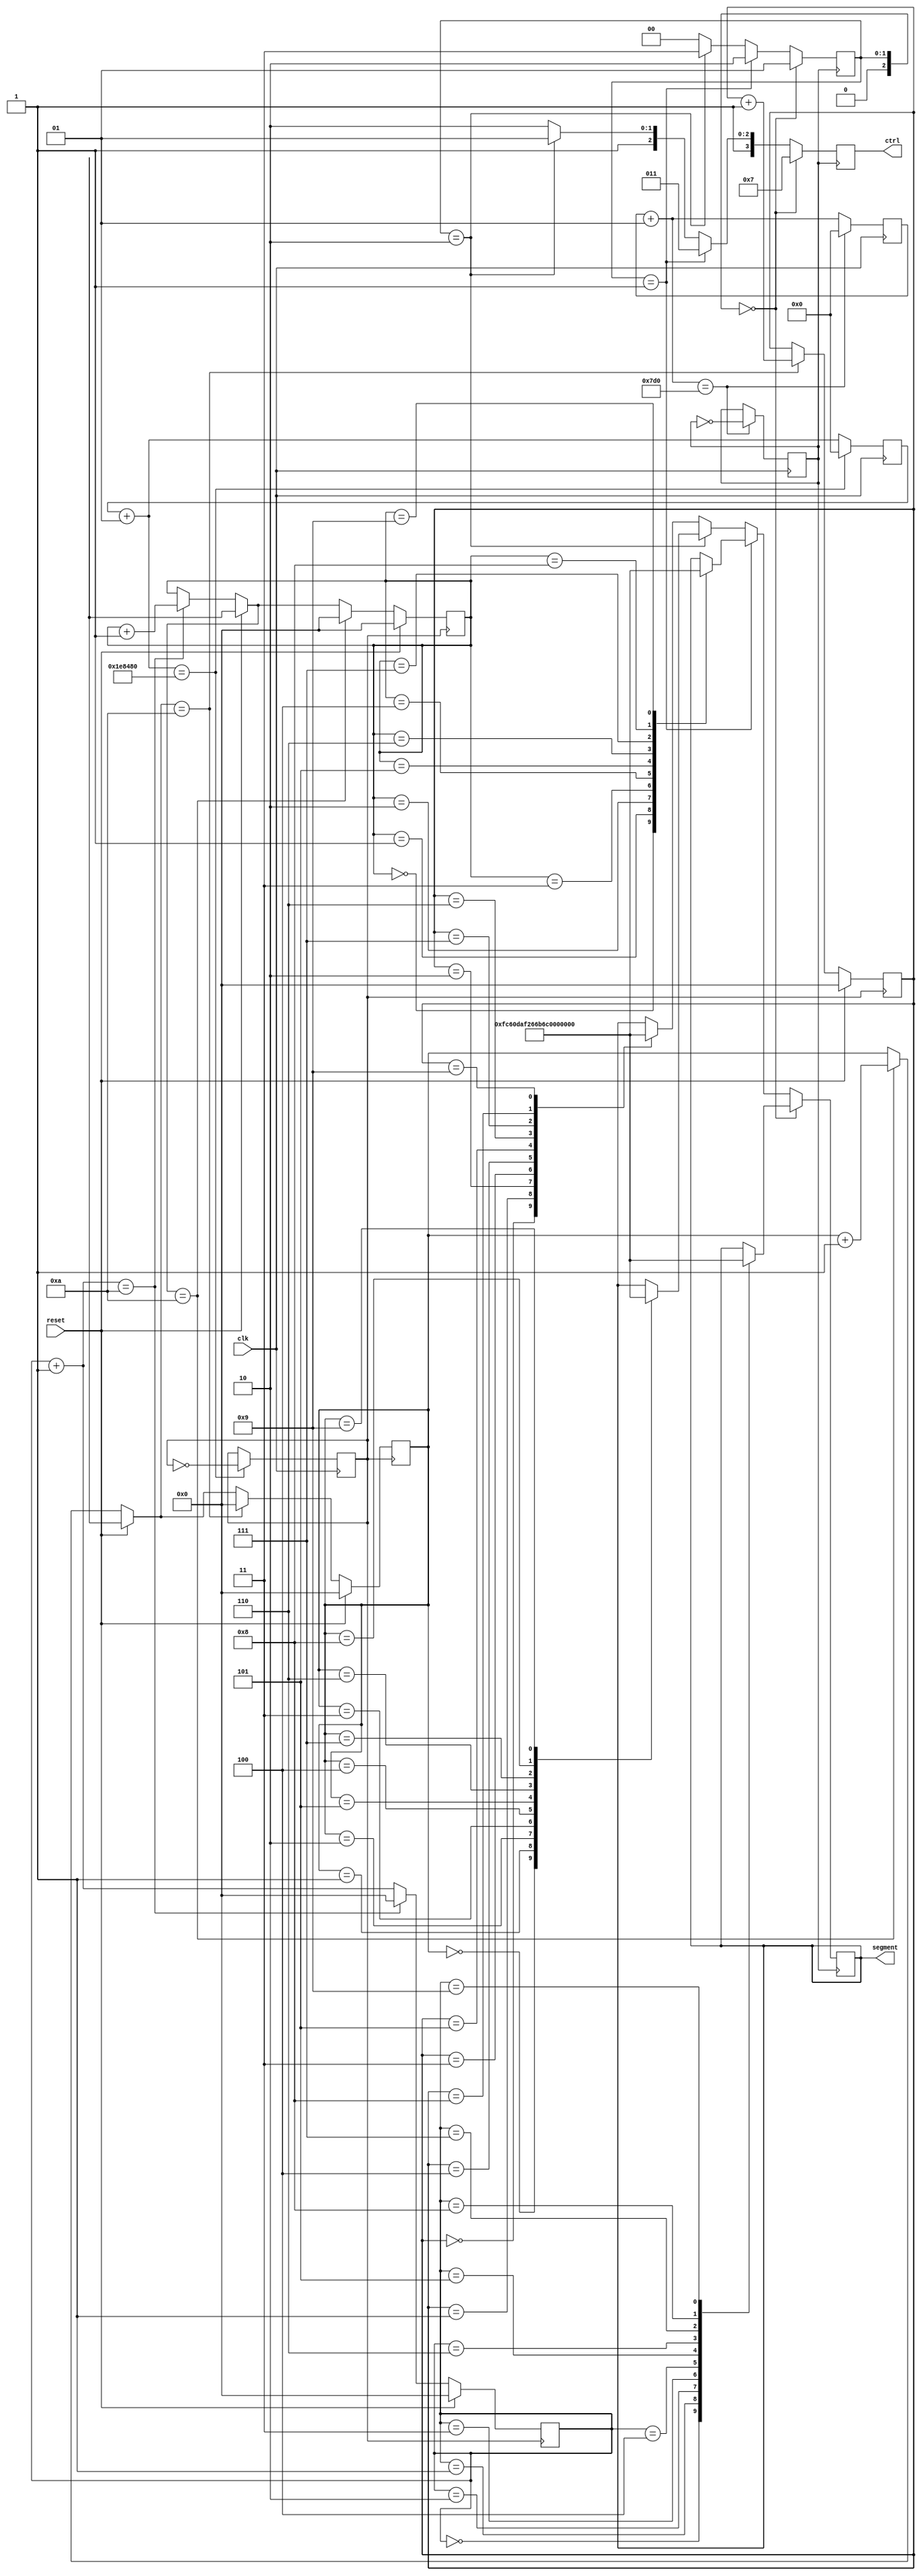
module Counter_0_9999 (clk,reset,ctrl,segment);
input clk, reset;
output reg [3:0] ctrl;
output reg [7:0] segment;

reg [2:0] flag; //for 7 Segment Display
reg [3:0] first;    //digits (units)
reg [3:0] second;   //(tens)
reg [3:0] third;    //(hundreds)
reg [3:0] fourth;   //(thousands)

reg clkdiv,clkdiv2;
integer i,j;

initial begin
	i = 0;
	j = 0;
	first = 4'b0000;
	second = 4'b0000;
	third = 4'b0000;
	fourth = 4'b000;
	clkdiv = 1'b0;
	clkdiv2 = 1'b0;
	flag = 1'b0;
end


always @(posedge clk) begin
		i = i+1; j = j+1;
		if (i == 2000000) begin
			clkdiv = ~clkdiv;
			i = 0;
		end
		if (j == 2000) begin
			clkdiv2 = ~clkdiv2;
			j = 0;
		end
end

always @(posedge clkdiv) begin  //1Hz clock (increased frequency)
	if (reset == 1'b1) begin
		first = 4'b0000;
		second = 4'b0000;
		third = 4'b000;
		fourth = 4'b000;
	end
	else begin
		first = first+1;
		if (first == 4'd10) begin
			first = 4'd0;
			second = second+1; 
		end
		if (second == 4'd10) begin
			second = 4'd0;
			third = third+1;
		end
		if (third == 4'd10) begin
			third = 4'd0;
			fourth = fourth+1;
		end
	end
end

always@(posedge clkdiv2) begin
	if (flag == 2'b00) begin
		ctrl = 4'b0111;             //controls which of the four 7-segments display
		case (first)
			4'd0:segment=8'b11111100;
			4'd1:segment=8'b01100000;
			4'd2:segment=8'b11011010;  
			4'd3:segment=8'b11110010; 
			4'd4:segment=8'b01100110; 
			4'd5:segment=8'b10110110; 
			4'd6:segment=8'b10111110; 
			4'd7:segment=8'b11100000; 
			4'd8:segment=8'b11111110; 
			4'd9:segment=8'b11110110;  
		endcase
		flag = 2'b01;
end

else if (flag == 2'b01) begin
		ctrl = 4'b1011;
		case (second)
			4'd0:segment=8'b11111100;
			4'd1:segment=8'b01100000; 
			4'd2:segment=8'b11011010;  
			4'd3:segment=8'b11110010; 
			4'd4:segment=8'b01100110; 
			4'd5:segment=8'b10110110; 
			4'd6:segment=8'b10111110; 
			4'd7:segment=8'b11100000; 
			4'd8:segment=8'b11111110; 
			4'd9:segment=8'b11110110;         
		endcase
		flag = 2'b10;
	end
	
	else if (flag == 2'b10) begin
		ctrl = 4'b1101;
		case (third)
			4'd0:segment=8'b11111100;
			4'd1:segment=8'b01100000; 
			4'd2:segment=8'b11011010;  
			4'd3:segment=8'b11110010; 
			4'd4:segment=8'b01100110; 
			4'd5:segment=8'b10110110; 
			4'd6:segment=8'b10111110; 
			4'd7:segment=8'b11100000; 
			4'd8:segment=8'b11111110; 
			4'd9:segment=8'b11110110;         
		endcase
		flag = 2'b11;
	end
	
	else begin
		ctrl = 4'b1110;
		case (fourth)
			4'd0:segment=8'b11111100;
			4'd1:segment=8'b01100000; 
			4'd2:segment=8'b11011010;  
			4'd3:segment=8'b11110010; 
			4'd4:segment=8'b01100110; 
			4'd5:segment=8'b10110110; 
			4'd6:segment=8'b10111110; 
			4'd7:segment=8'b11100000; 
			4'd8:segment=8'b11111110; 
			4'd9:segment=8'b11110110;         
		endcase
		flag = 2'b00;
	end
end

endmodule